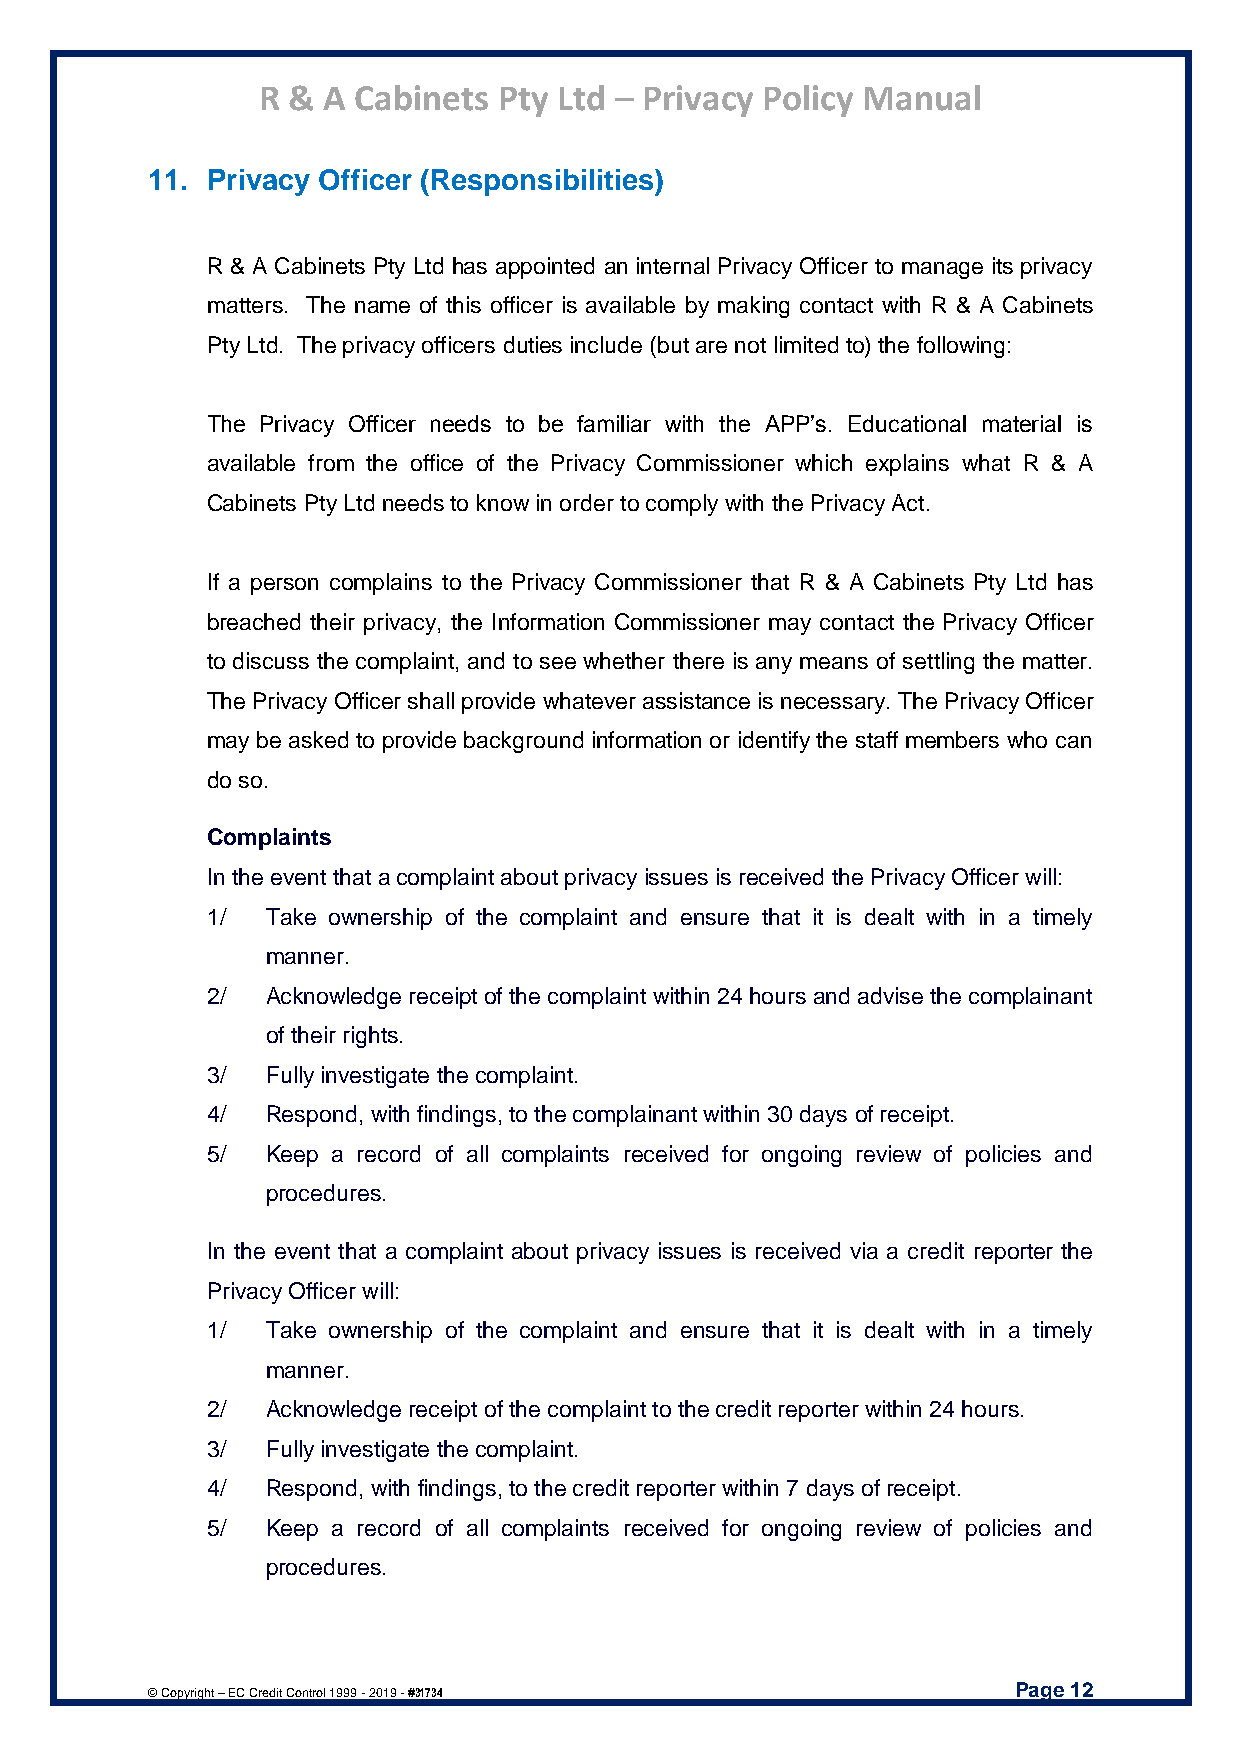
R & A Cabinets  Pty Ltd – Privacy Policy Manual
 11. Privacy Officer (Responsibilities)
 R & A Cabinets Pty Ltd has appointed an internal Privacy Officer to manage its privacy
 matters. The name of this officer is available by making contact with R & A Cabinets
 Pty Ltd. The privacy officers duties include (but are not limited to) the following:
 The Privacy Officer needs to be familiar with the APP’s. Educational material is
 available from the office of the Privacy Commissioner which explains what R & A
 Cabinets Pty Ltd needs to know in order to comply with the Privacy Act.
 If a person complains to the Privacy Commissioner that R & A Cabinets Pty Ltd has
 breached their privacy, the Information Commissioner may contact the Privacy Officer
 to discuss the complaint, and to see whether there is any means of settling the matter.
 The Privacy Officer shall provide whatever assistance is necessary. The Privacy Officer
 may be asked to provide background information or identify the staff members who can
 do so.
 Complaints
 In the event that a complaint about privacy issues is received the Privacy Officer will:
 1/  Take ownership of the complaint and ensure that it is dealt with in a timely
 manner.
 2/  Acknowledge receipt of the complaint within 24 hours and advise the complainant
 of their rights.
 3/  Fully investigate the complaint.
 4/  Respond, with findings, to the complainant within 30 days of receipt.
 5/  Keep a record of all complaints received for ongoing review of policies and
 procedures.
 In the event that a complaint about privacy issues is received via a credit reporter the
 Privacy Officer will:
 1/  Take ownership of the complaint and ensure that it is dealt with in a timely
 manner.
 2/  Acknowledge receipt of the complaint to the credit reporter within 24 hours.
 3/  Fully investigate the complaint.
 4/  Respond, with findings, to the credit reporter within 7 days of receipt.
 5/  Keep a record of all complaints received for ongoing review of policies and
 procedures.
 Page 12
 © Copyright – EC Credit Control 1999 - 2019 - #31734